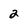
Character: 2